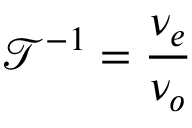
\mathcal { T } ^ { - 1 } = \frac { \nu _ { e } } { \nu _ { o } }